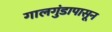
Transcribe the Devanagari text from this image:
गालगुंडापासून